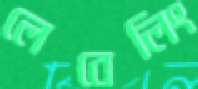
লেবেলিং